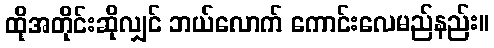
ထိုအတိုင်းဆိုလျှင် ဘယ်လောက် ကောင်းလေမည်နည်း။